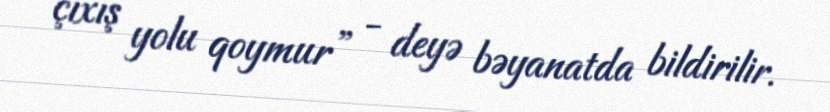
çıxış yolu qoymur” - deyə bəyanatda bildirilir.